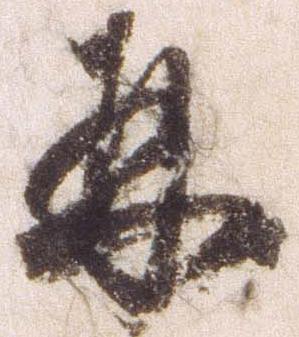
并